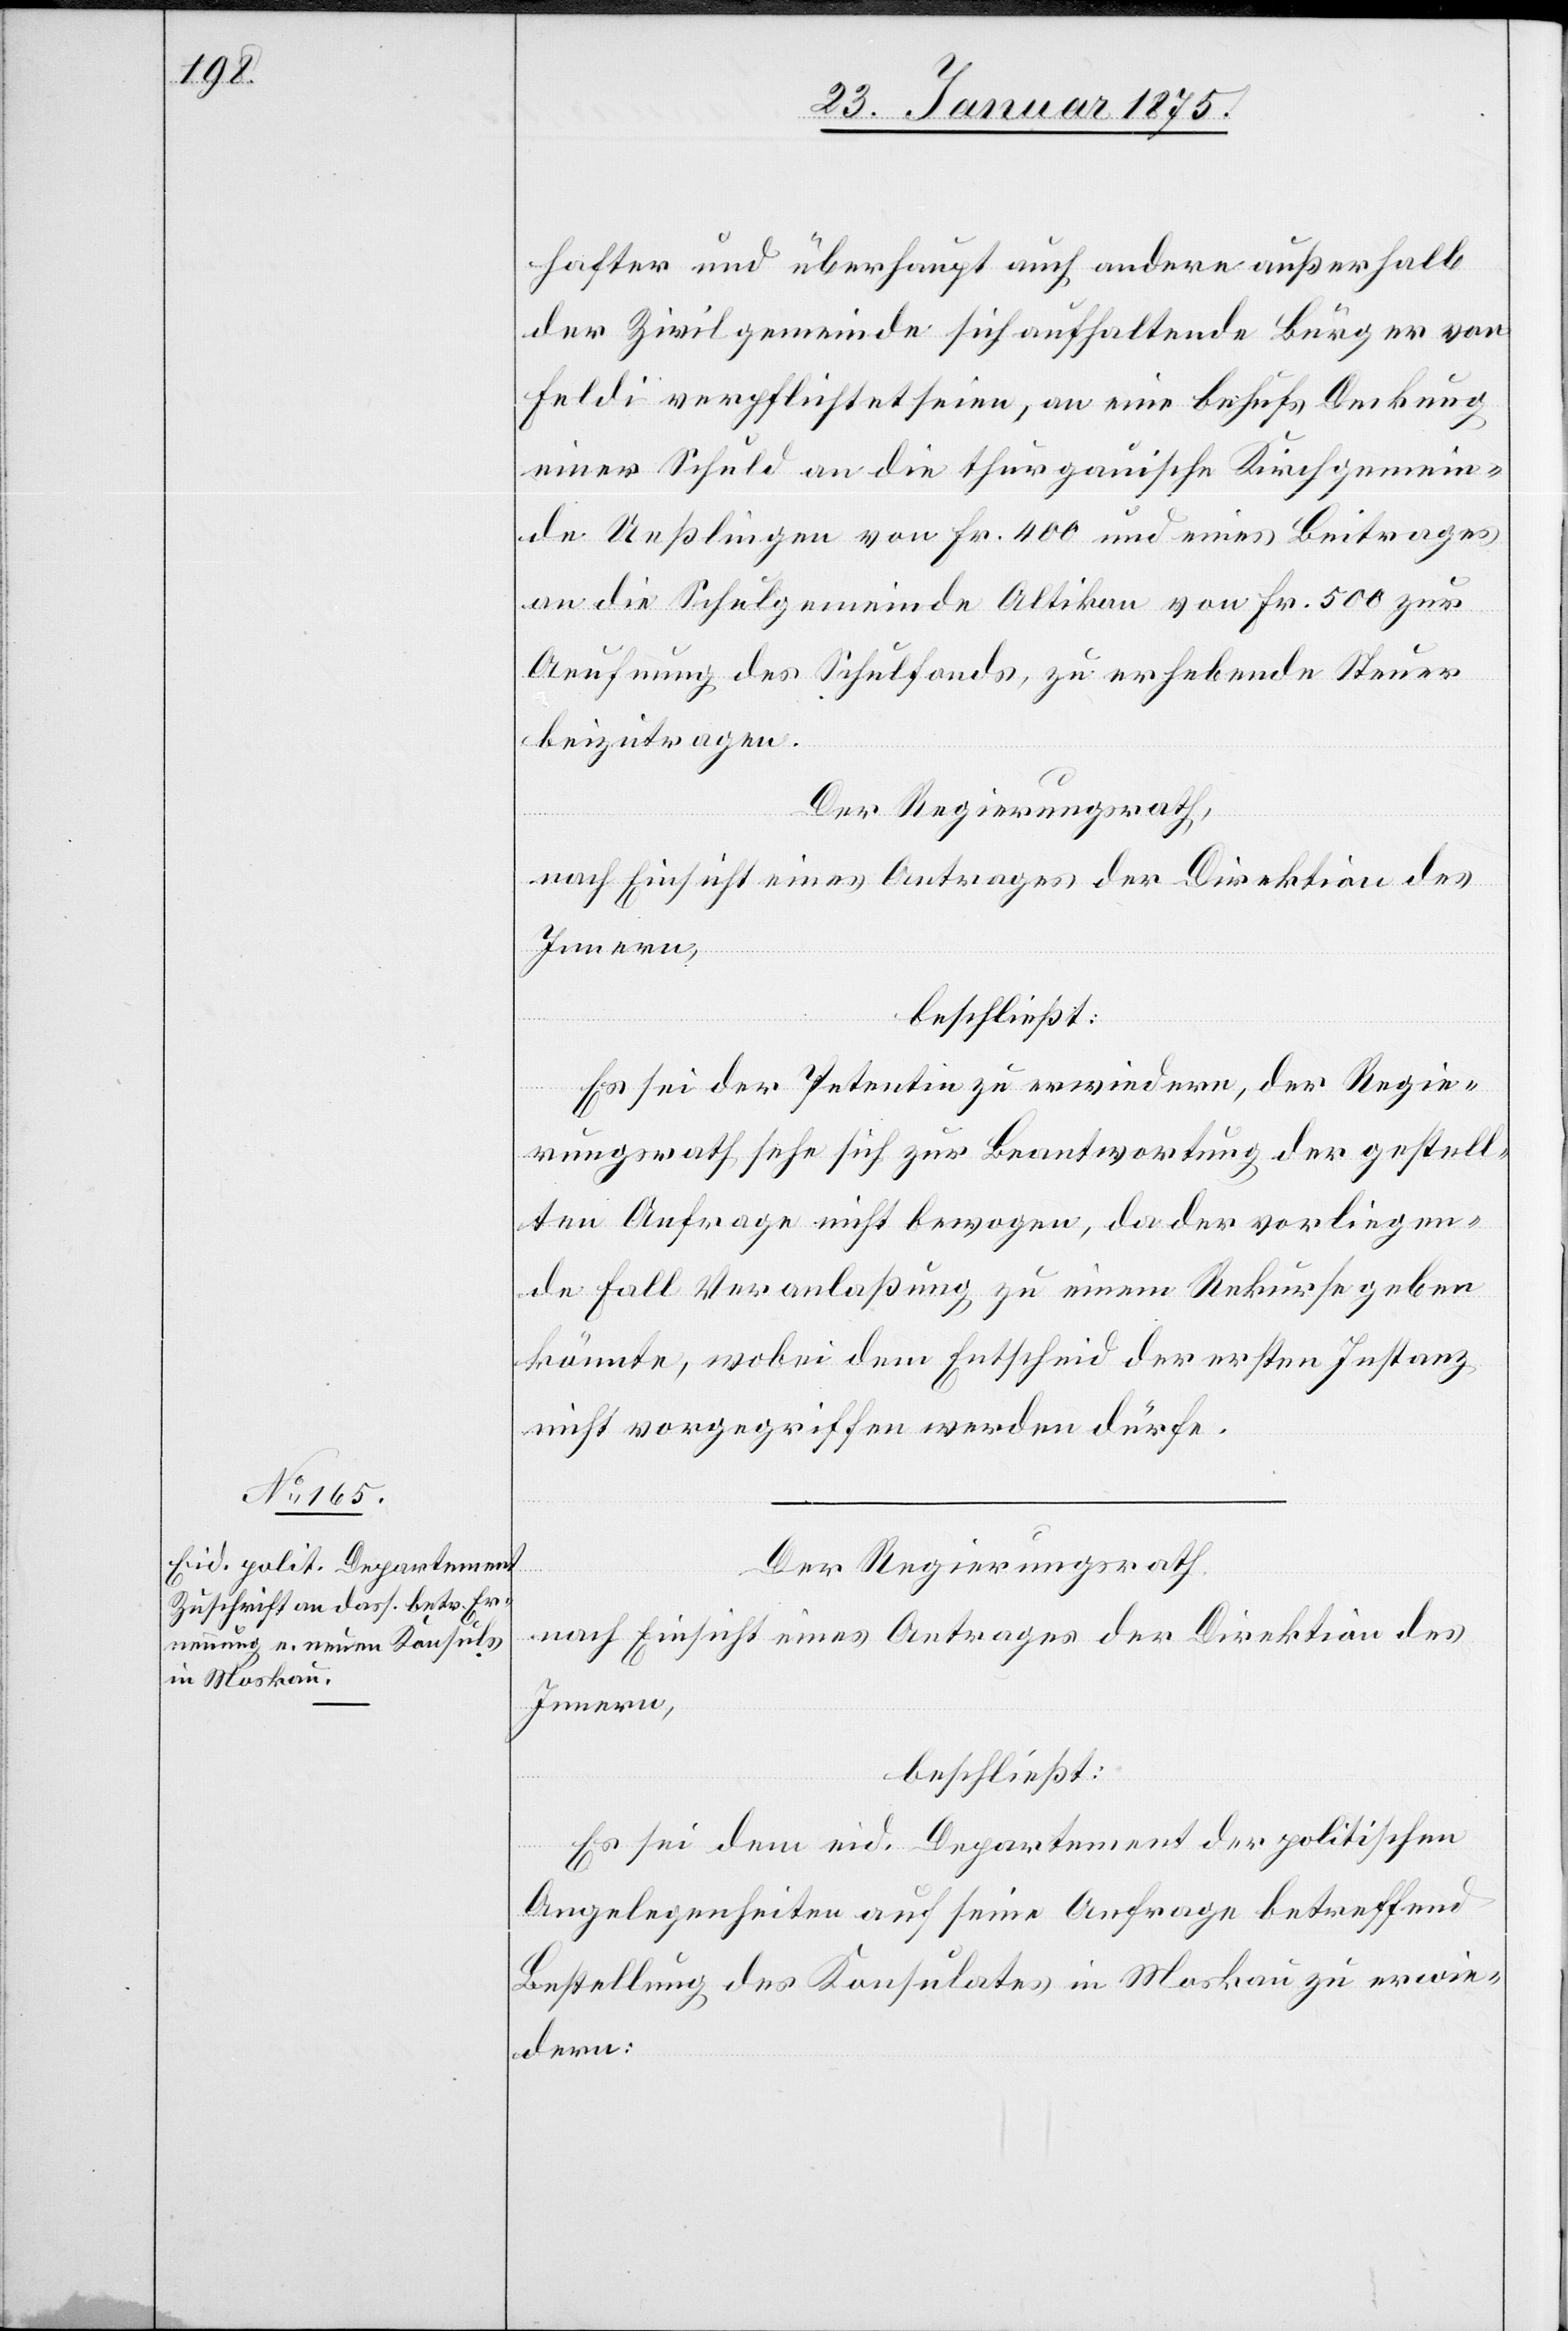
hafter und überhaupt auch andere außerhalb
der Zivilgemeinde sich aufhaltende Bürger von
Feldi verpflichtet seien, an eine behufs Deckung
einer Schuld an die thurgauische Kirchgemein¬
de Ueßlingen von Fr. 400 und eines Beitrages
an die Schulgemeinde Altikon von Fr. 500 zur
Aeufnung des Schulfonds, zu erhebende Steuer
beizutragen.
Der Regierungsrath,
nach Einsicht eines Antrages der Direktion des
Es sei der Petentin zu erwiedern, der Regie¬
rungsrath sehe sich zur Beantwortung der gestell¬
ten Anfrage nicht bewogen, da der vorliegen¬
de Fall Veranlaßung zu einem Rekurse geben
könnte, wobei dem Entscheid der ersten Instanz
nicht vorgegriffen werden dürfe.
Der Regierungsrath
nach Einsicht eines Antrages der Direktion des
Innern,
beschließt:
Es sei dem eid. Departement der politischen
Angelegenheiten auf seine Anfrage betreffend
Bestellung des Konsulates in Moskau zu erwie¬
dern: